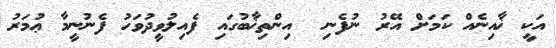
އަކީ ޚާއިނެއް ކަމަށް އޭރު ނުފެނި  އިންތިޚާބުގައި ފެއިލުވީދުވަހު ފެނުނީމާ ޢުމަރު